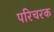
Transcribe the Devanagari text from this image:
परिचरक